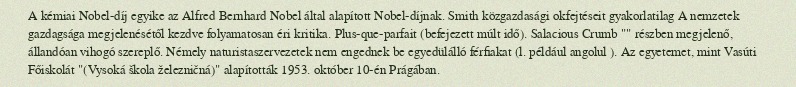
A kémiai Nobel-díj egyike az Alfred Bernhard Nobel által alapított Nobel-díjnak. Smith közgazdasági okfejtéseit gyakorlatilag A nemzetek gazdagsága megjelenésétől kezdve folyamatosan éri kritika. Plus-que-parfait (befejezett múlt idő). Salacious Crumb "" részben megjelenő, állandóan vihogó szereplő. Némely naturistaszervezetek nem engednek be egyedülálló férfiakat (l. például angolul ). Az egyetemet, mint Vasúti Főiskolát "(Vysoká škola železničná)" alapították 1953. október 10-én Prágában.